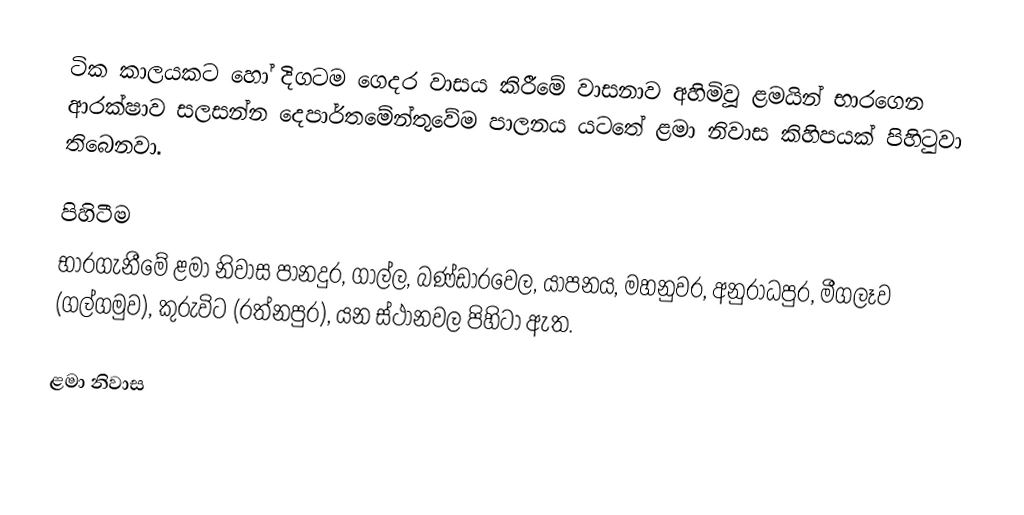
ටික කාලයකට හෝ දිගටම ගෙදර වාසය කිරීමේ වාසනාව අහිමිවූ ළමයින් භාරගෙන ආරක්ෂාව සලසන්න දෙපාර්තමේන්තුවේම පාලනය යටතේ ළමා නිවාස කිහිපයක් පිහිටුවා තිබෙනවා.

පිහිටීම
භාරගැනීමේ ළමා නිවාස පානදුර, ගාල්ල, බණ්ඩාරවෙල, යාපනය, මහනුවර, අනුරාධපුර, මීගලෑව (ගල්ගමුව), කුරුවිට (රත්නපුර), යන ස්ථානවල පිහිටා ඇත.

ළමා නිවාස